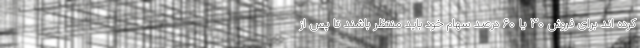
کرده اند برای فروش ۳۰ یا ۶۰ درصد سهام خود باید منتظر باشند تا پس از